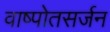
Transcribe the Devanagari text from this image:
वाष्पोतसर्जन